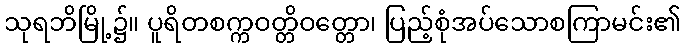
သုရဘိမြို့၌။ ပူရိတစက္ကဝတ္တိဝတ္တော၊ ပြည့်စုံအပ်သောစကြာမင်း၏